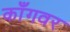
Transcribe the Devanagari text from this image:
काँगवर